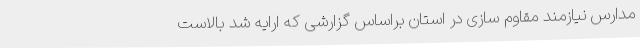
مدارس نیازمند مقاوم سازی در استان براساس گزارشی که ارایه شد بالاست